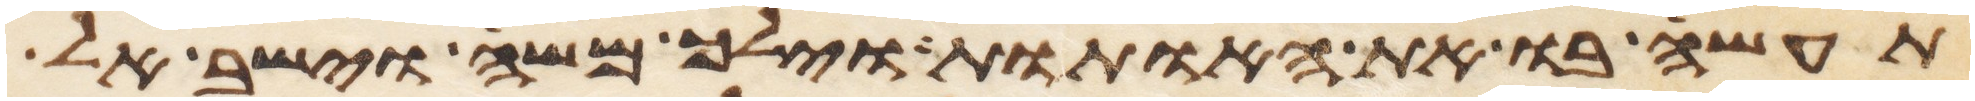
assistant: תעשה בו את האתות וילך משה וישב אל